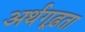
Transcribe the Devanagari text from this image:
अर्थगूढ़ता